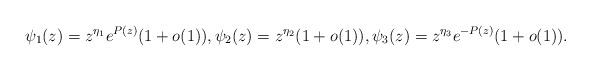
LaTeX: \begin{align*} \psi_1 (z) = z^{\eta_1} e^{P(z)} (1+o(1)), \psi_2 (z) = z^{\eta_2} (1+o(1)), \psi_3 (z) = z^{\eta_3} e^{-P(z)} (1+o(1)). \end{align*}